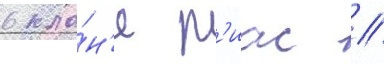
в кла́н'е р'иас //